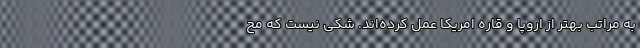
به مراتب بهتر از اروپا و قاره امریکا عمل کرده‌اند. شکی نیست که مح